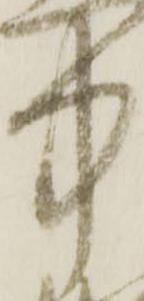
中